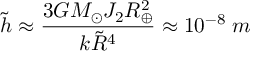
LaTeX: \tilde { h } \approx { \frac { 3 G M _ { \odot } J _ { 2 } R _ { \oplus } ^ { 2 } } { k \tilde { R } ^ { 4 } } } \approx 1 0 ^ { - 8 } \; m